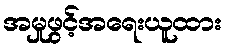
အမှုဖွင့်အရေးယူထား